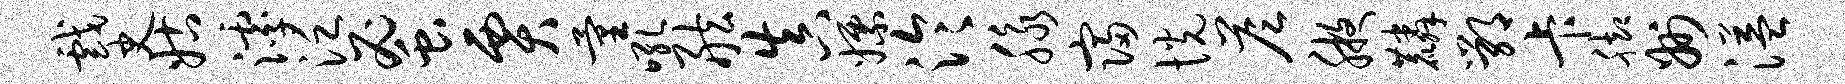
戏史姑滹泛蜜贾量吼舷真嫖泠脉寝恍答腋麟鄂卡脚州溢